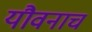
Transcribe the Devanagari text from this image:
यौवनाचं